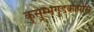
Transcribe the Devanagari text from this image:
कुसुम्भगुडकार्पास